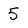
Character: 5